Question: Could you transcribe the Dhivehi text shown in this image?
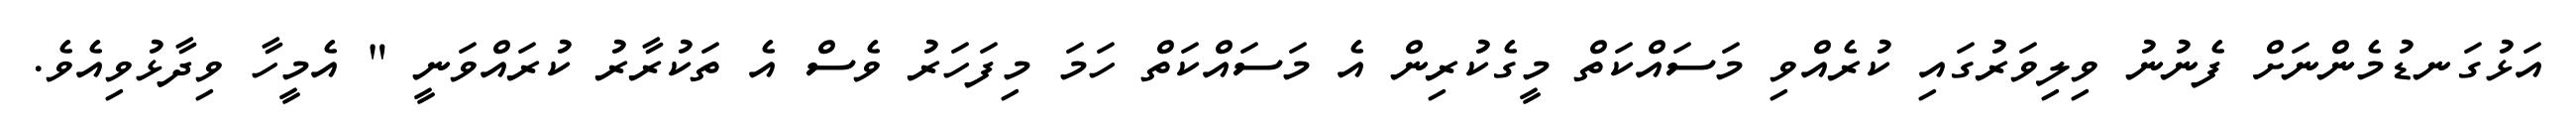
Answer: އަޅުގަނޑުމެންނަށް ފެނުނު ވިލިވަރުގައި ކުރެއްވި މަސައްކަތް މީގެކުރިން އެ މަސައްކަތް ހަމަ މިފަހަރު ވެސް އެ ތަކުރާރު ކުރައްވަނީ " އެމީހާ ވިދާޅުވިއެވެ.